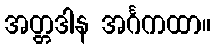
အတ္တဒါန အင်္ဂကထာ။